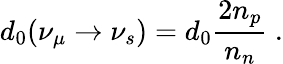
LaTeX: d_{0}(\nu_{\mu}\rightarrow\nu_{s})=d_{0}{\frac{2n_{p}}{n_{n}}}~.